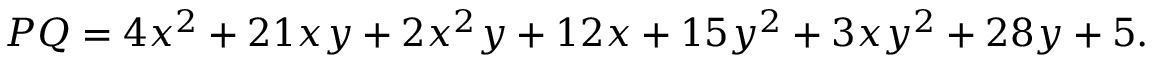
P Q = 4 x ^ { 2 } + 2 1 x y + 2 x ^ { 2 } y + 1 2 x + 1 5 y ^ { 2 } + 3 x y ^ { 2 } + 2 8 y + 5 .